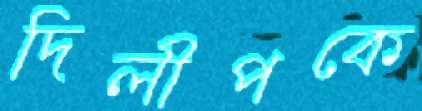
দিলীপকে